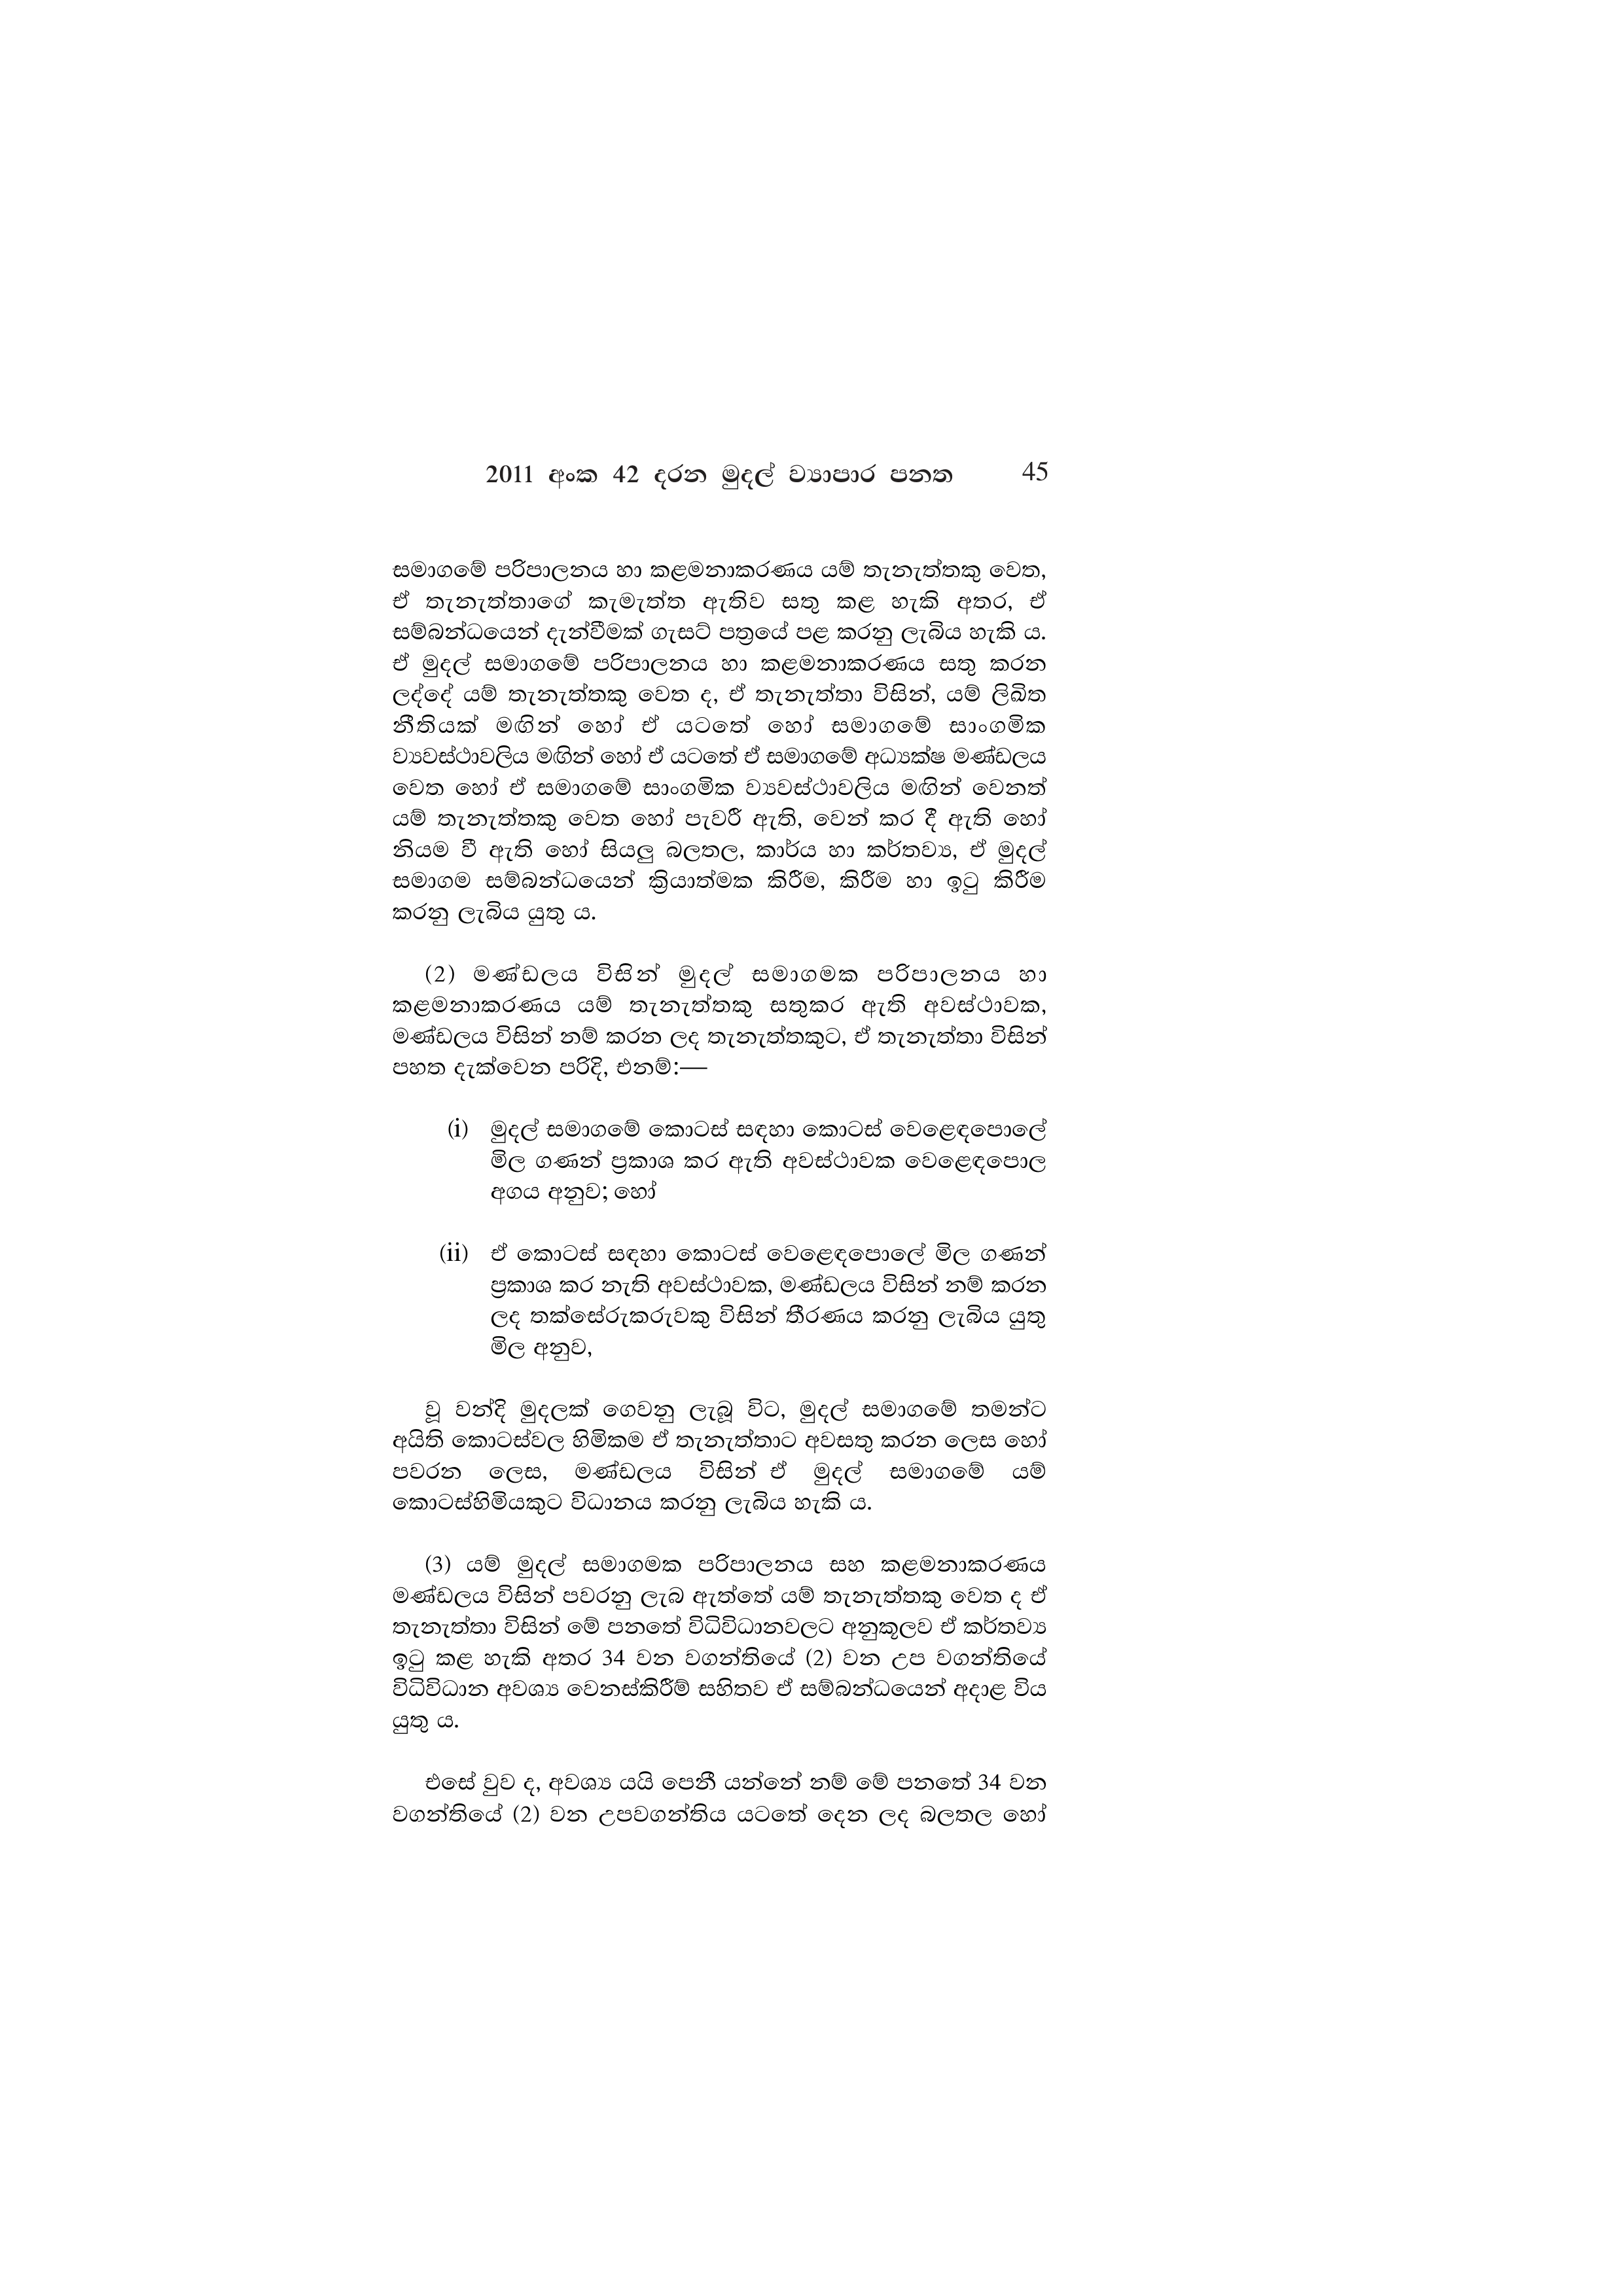
2011 අංක 42 දරන මුදල් ව්‍යාපාර පනත 45

සමාගමේ පරිපාලනය හා කළමනාකරණය යම් තැනැත්තකු වෙත,
ඒ තැනැත්තාගේ කැමැත්ත ඇතිව සතු කළ හැකි අතර, ඒ
සම්බන්ධයෙන් දැන්වීමක් ගැසට් පත්‍රයේ පළ කරනු ලැබිය හැකි ය.
ඒ මුදල් සමාගමේ පරිපාලනය හා කළමනාකරණය සතු කරන
ලද්දේ යම් තැනැත්තකු වෙත ද, ඒ තැනැත්තා විසින්, යම් ලිඛිත
නීතියක් මඟින් හෝ ඒ යටතේ හෝ සමාගමේ සාංගමික
ව්‍යවස්ථාවලිය මඟින් හෝ ඒ යටතේ ඒ සමාගමේ අධ්‍යක්ෂ මණ්ඩලය
වෙත හෝ ඒ සමාගමේ සාංගමික ව්‍යවස්ථාවලිය මඟින් වෙනත්
යම් තැනැත්තකු වෙත හෝ පැවරී ඇති, වෙන් කර දී ඇති හෝ
නියම වී ඇති හෝ සියලු බලතල, කාර්ය හා කර්තව්‍ය, ඒ මුදල්
සමාගම සම්බන්ධයෙන් ක්‍රියාත්මක කිරීම, කිරීම හා ඉටු කිරීම
කරනු ලැබිය යුතු ය.

(2) මණ්ඩලය විසින් මුදල් සමාගමක පරිපාලනය හා
කළමනාකරණය යම් තැනැත්තකු සතුකර ඇති අවස්ථාවක,
මණ්ඩලය විසින් නම් කරන ලද තැනැත්තකුට, ඒ තැනැත්තා විසින්
පහත දැක්වෙන පරිදි, එනම්:—

(i) මුදල් සමාගමේ කොටස් සඳහා කොටස් වෙළෙඳපොලේ
මිල ගණන් ප්‍රකාශ කර ඇති අවස්ථාවක වෙළෙඳපොල
අගය අනුව; හෝ

(ii) ඒ කොටස් සඳහා කොටස් වෙළෙඳපොලේ මිල ගණන්
ප්‍රකාශ කර නැති අවස්ථාවක, මණ්ඩලය විසින් නම් කරන
ලද තක්සේරුකරුවකු විසින් තීරණය කරනු ලැබිය යුතු
මිල අනුව,

වූ වන්දි මුදලක් ගෙවනු ලැබූ විට, මුදල් සමාගමේ තමන්ට
අයිති කොටස්වල හිමිකම ඒ තැනැත්තාට අවසතු කරන ලෙස හෝ
පවරන ලෙස, මණ්ඩලය විසින් ඒ මුදල් සමාගමේ යම්
කොටස්හිමියකුට විධානය කරනු ලැබිය හැකි ය.

(3) යම් මුදල් සමාගමක පරිපාලනය සහ කළමනාකරණය
මණ්ඩලය විසින් පවරනු ලැබ ඇත්තේ යම් තැනැත්තකු වෙත ද ඒ
තැනැත්තා විසින් මේ පනතේ විධිවිධානවලට අනුකූලව ඒ කර්තව්‍ය
ඉටු කළ හැකි අතර 34 වන වගන්තියේ (2) වන උප වගන්තියේ
විධිවිධාන අවශ්‍ය වෙනස්කිරීම් සහිතව ඒ සම්බන්ධයෙන් අදාළ විය
යුතු ය.

එසේ වුව ද, අවශ්‍ය යයි පෙනී යන්නේ නම් මේ පනතේ 34 වන
වගන්තියේ (2) වන උපවගන්තිය යටතේ දෙන ලද බලතල හෝ